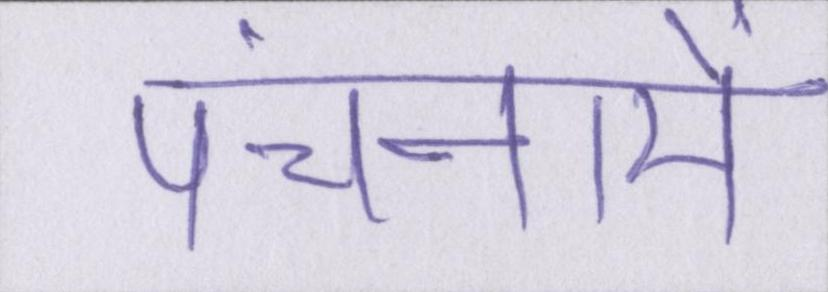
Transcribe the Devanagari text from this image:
पंचनामें